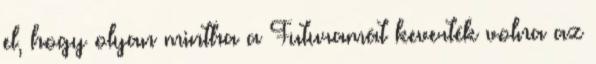
el, hogy olyan mintha a Futuramát keverték volna az